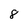
Character: 8